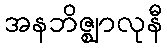
အနဘိဇ္ဈာလုနီ